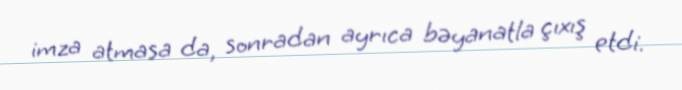
imza atmasa da, sonradan ayrıca bəyanatla çıxış etdi.